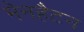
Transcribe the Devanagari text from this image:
मेनहैटन